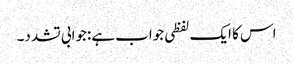
اس کا ایک لفظی جواب ہے:جوابی تشدد۔